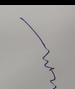
Signature authenticity: forged